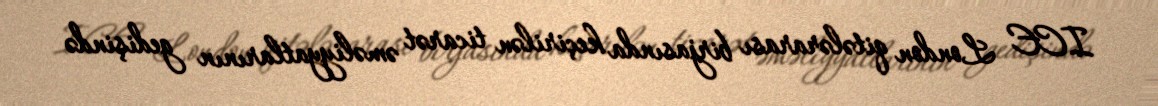
ICE London qitələrarası birjasında keçirilən ticarət əməliyyatlarının gedişində